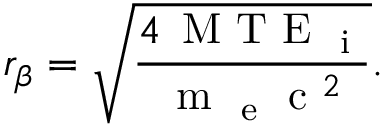
r _ { \beta } = \sqrt { \frac { 4 \, \mathrm { ~ M ~ T ~ E ~ } _ { \mathrm { ~ i ~ } } } { \mathrm { ~ m ~ } _ { \mathrm { ~ e ~ } } \mathrm { ~ c ~ } ^ { 2 } } } .